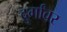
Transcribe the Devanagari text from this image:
दुर्गांवर